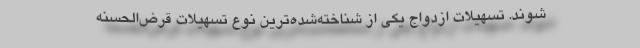
‌شوند. تسهیلات ازدواج یکی از شناخته‌شده‌ترین نوع تسهيلات قرض‌الحسنه